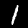
Digit: 1